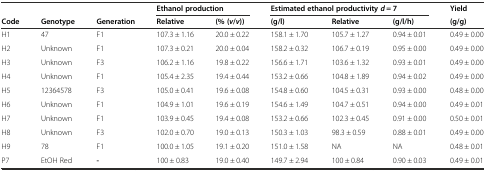
<table><thead><tr><td colspan="3"></td><td colspan="2"><b>Ethanol production</b></td><td colspan="3"><b>Estimated ethanol productivity<i>d</i> = 7</b></td><td><b>Yield</b></td></tr><tr><td><b>Code</b></td><td><b>Genotype</b></td><td><b>Generation</b></td><td><b>Relative</b></td><td><b>(% (<i>v</i>/<i>v</i>))</b></td><td><b>(g/l)</b></td><td><b>Relative</b></td><td><b>(g/l/h)</b></td><td><b>(g/g)</b></td></tr></thead><tbody><tr><td>H1</td><td>47</td><td>F1</td><td>107.3 ± 1.16</td><td>20.0 ± 0.22</td><td>158.1 ± 1.70</td><td>105.7 ± 1.27</td><td>0.94 ± 0.01</td><td>0.49 ± 0.00</td></tr><tr><td>H2</td><td>Unknown</td><td>F1</td><td>107.3 ± 0.21</td><td>20.0 ± 0.04</td><td>158.2 ± 0.32</td><td>106.7 ± 0.19</td><td>0.95 ± 0.00</td><td>0.49 ± 0.00</td></tr><tr><td>H3</td><td>Unknown</td><td>F3</td><td>106.2 ± 1.16</td><td>19.8 ± 0.22</td><td>156.6 ± 1.71</td><td>103.6 ± 1.32</td><td>0.93 ± 0.01</td><td>0.49 ± 0.00</td></tr><tr><td>H4</td><td>Unknown</td><td>F1</td><td>105.4 ± 2.35</td><td>19.4 ± 0.44</td><td>153.2 ± 0.66</td><td>104.8 ± 1.89</td><td>0.94 ± 0.02</td><td>0.49 ± 0.00</td></tr><tr><td>H5</td><td>12364578</td><td>F3</td><td>105.0 ± 0.41</td><td>19.6 ± 0.08</td><td>154.8 ± 0.60</td><td>104.5 ± 0.31</td><td>0.93 ± 0.00</td><td>0.48 ± 0.00</td></tr><tr><td>H6</td><td>Unknown</td><td>F1</td><td>104.9 ± 1.01</td><td>19.6 ± 0.19</td><td>154.6 ± 1.49</td><td>104.7 ± 0.51</td><td>0.94 ± 0.00</td><td>0.49 ± 0.01</td></tr><tr><td>H7</td><td>Unknown</td><td>F1</td><td>103.9 ± 0.45</td><td>19.4 ± 0.08</td><td>153.2 ± 0.66</td><td>102.3 ± 0.45</td><td>0.91 ± 0.00</td><td>0.50 ± 0.01</td></tr><tr><td>H8</td><td>Unknown</td><td>F3</td><td>102.0 ± 0.70</td><td>19.0 ± 0.13</td><td>150.3 ± 1.03</td><td>98.3 ± 0.59</td><td>0.88 ± 0.01</td><td>0.49 ± 0.00</td></tr><tr><td>H9</td><td>78</td><td>F1</td><td>100.0 ± 1.05</td><td>19.1 ± 0.20</td><td>151.0 ± 1.58</td><td>NA</td><td>NA</td><td>0.48 ± 0.01</td></tr><tr><td>P7</td><td>EtOH Red</td><td><b>-</b></td><td>100 ± 0.83</td><td>19.0 ± 0.40</td><td>149.7 ± 2.94</td><td>100 ± 0.84</td><td>0.90 ± 0.03</td><td>0.49 ± 0.01</td></tr></tbody></table>